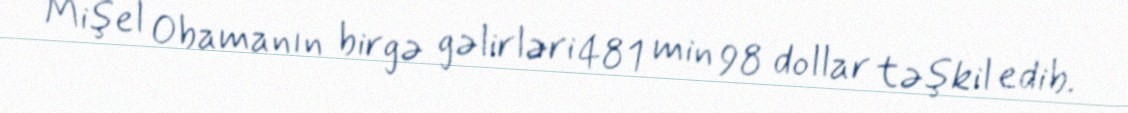
Mişel Obamanın birgə gəlirləri 481 min 98 dollar təşkil edib.